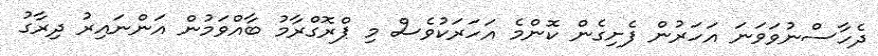
ދެހާސްނުވަވަނަ އަހަރުން ފެށިގެން ކޮންމެ އަހަރަކުވެސް މި ޕްރޮގްރާމު ބާއްވަމުން އަންނައިރު ދިރާގު